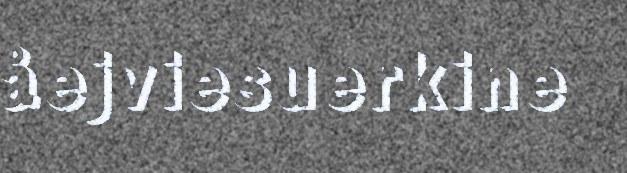
åejviesuerkine